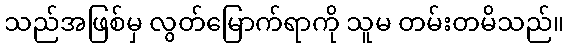
သည်အဖြစ်မှ လွတ်မြောက်ရာကို သူမ တမ်းတမိသည်။